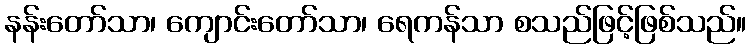
နန်းတော်သာ၊ ကျောင်းတော်သာ၊ ရေကန်သာ စသည်ဖြင့်ဖြစ်သည်။